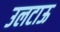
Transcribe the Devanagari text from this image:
उलटाऊ